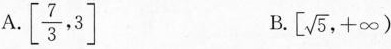
A.\left[ \frac{7}{3},3\right] B.\left[ \sqrt{5},+ \infty\right)